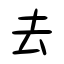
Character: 去